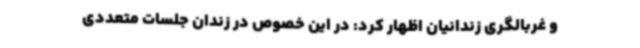
و غربالگری زندانیان اظهار کرد: در این خصوص در زندان جلسات متعددی